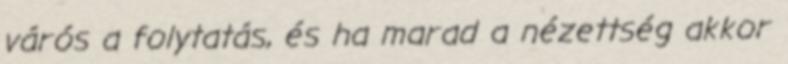
várós a folytatás, és ha marad a nézettség akkor